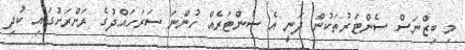
މި ބިޒްނަސް ސެންޓަރުތަކުން ދަނީ އެ ސެންޓަރެއް ހުންނަ ސަރަހައްދުގެ ރަށްރަށުގައި ކުދި